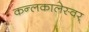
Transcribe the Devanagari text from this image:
कन्लकालेस्वर्